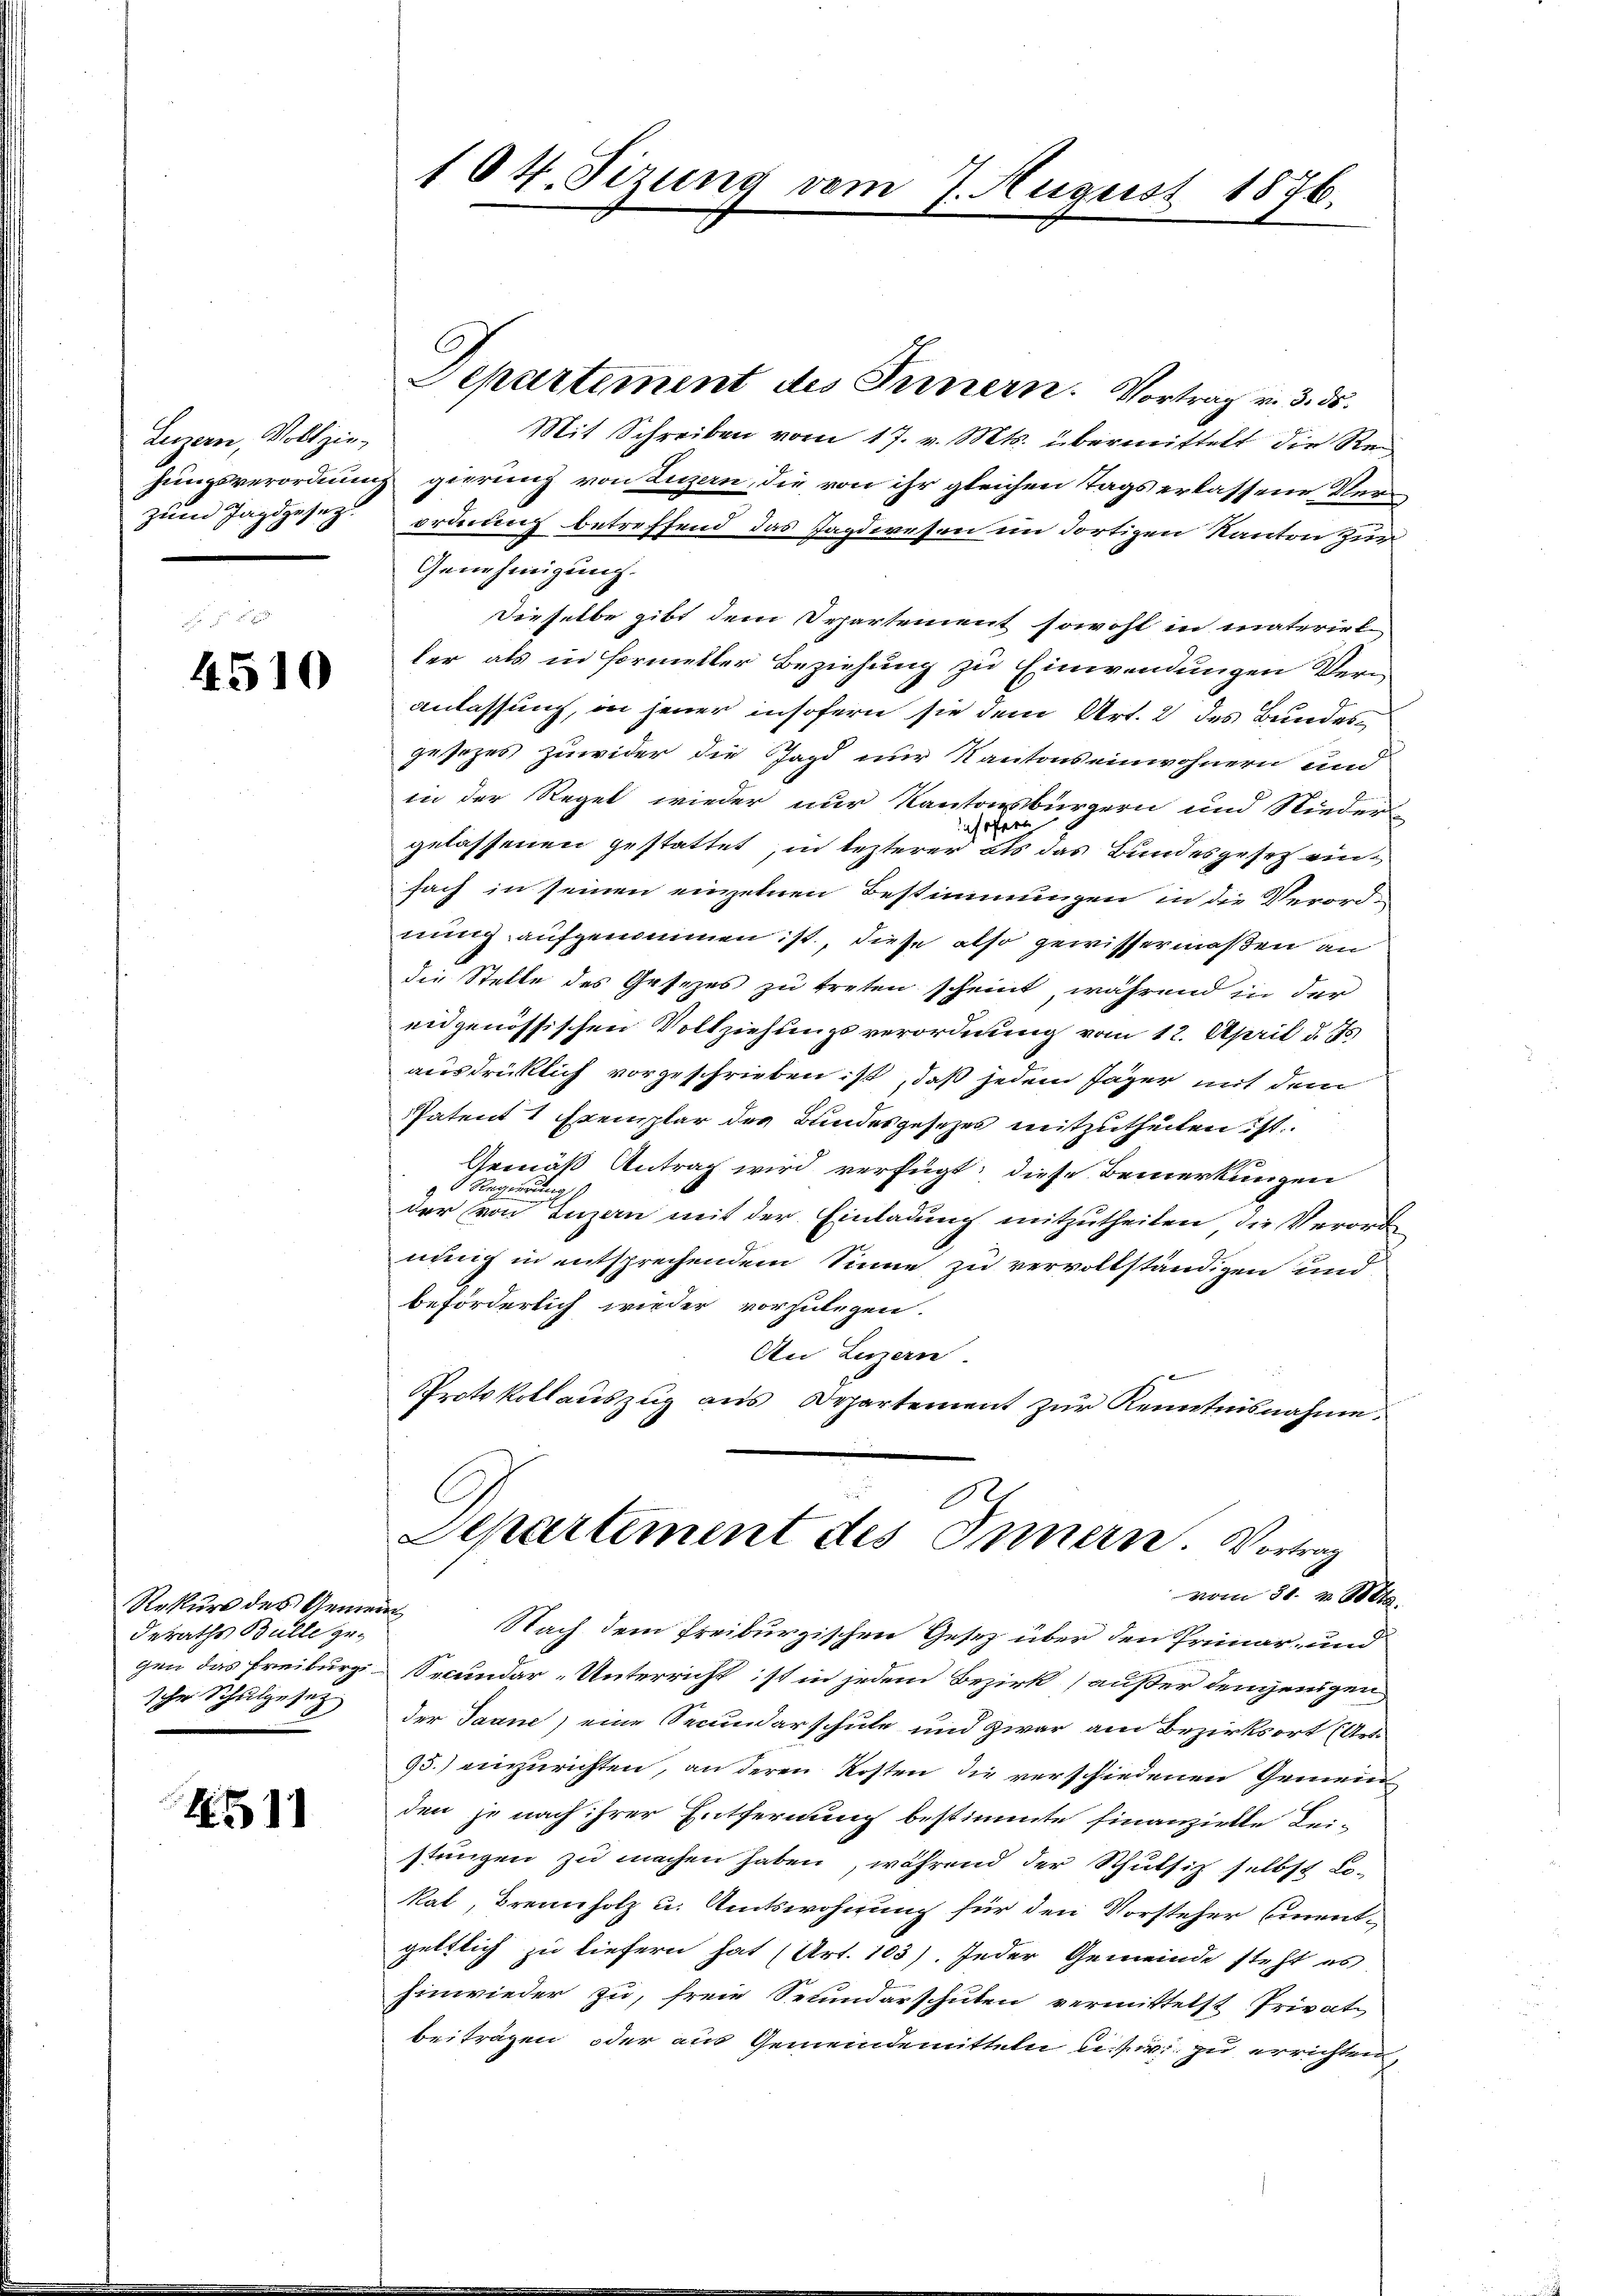
Luzern, Vollziezum Jagdgesez

4510

Rekurs des Gemein
deraths Bülle gesche Schulgesetz

H511

104. Tizung vom 7. August 1876.

Departement des Innern. Vortrag v. 3. ds.
Mit Schreiben vom 17. v. Mts. übermittelt die Rehungsverordnung gierung von Luzern, die von ihr gleichen Tags erlassene Verordnung betreffend das Tagdwesen im dortigen Kanton zur
Genehmigung.
Dieselbe gibt dem Departement sowohl in materiel
ler als in Formeller Beziehung zu Einwendungen Verm
anlassung, in jener insofern sie dem Art. 2 des Bundesgesezes zuwider die Jagd nur Kantonseinwohnern und
in der Regel wieder nur Kantonsbürgern und Nieder-
insofern
gelassenen gestattet, in lezterer als das Bundesgesetz einfach in seinen einzelnen Bestimmungen in die Verord-
nung aufgenommen ist, diese also gewissermaßen an
die Stelle des Gesezes zu treten scheint, während in der
eidgenössischen Vollziehungsverordnung vom 12. April d. Js.
ausdrüklich vorgeschrieben ist, daß jedem Jäger mit dem
Patent 1 Exemplar des Bundesgesezes mitzutheilen ist.
Gemäß Antrag wird verfügt; diese Bemerkungen
 Regierung
der (von Luzern mit der Einladung mitzutheilen, die Verorde
nung in entsprechendem Sinne zu vervollständigen und
beförderlich wieder vorzulegen.
An Luzern.
Protokollauszug aus Departement zur Kenntnisnahme.
Departement des Innern. Vortrag
vom 31. v. Mts.
Nach dem freiburgischen Gesetz über den Prinar- und
gen das Freiburg-Secundar-Unterricht ist in jedem Bezirk (außer demjenigen
der Saane) eine Secundarschule und zwar am Bezirksort (Art.
95.) einzurichten, an deren Kosten die verschiedenen Gemein
den je nach ihrer Entfernung bestimmte finanzielle Lei-
stungen zu machen haben, während der Schulsiz selbst Lokat, Brennholz u. Amtswohnung für den Vorsteher Ementgeltlich zu liefern hat (Art. 103). Jeder Gemeinde steht es
hinwieder zu, freie Sekundarschulen vermittelst Privat-
beiträgen oder aus Gemeindemitteln leur zu errichten,